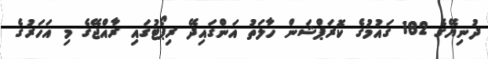
ދުނިޔޭގެ 182 ގައުމުގެ ކޮރަޕްޝަން ހާލަތު އަންގައިދޭ ރިޕޯޓުގައި ރާއްޖޭގެ މި އަހަރުގެ